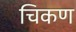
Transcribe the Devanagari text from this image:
चिकण